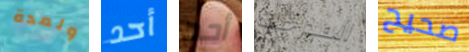
ولمدة أحد أحد المدرجات صحيح